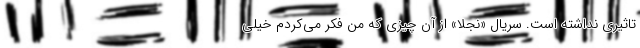
تاثیری نداشته است. سریال «نجلا» از آن چیزی که من فکر می‌کردم خیلی